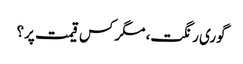
گوری رنگت، مگر کس قیمت پر؟